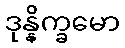
ဒုန္နိက္ခမော